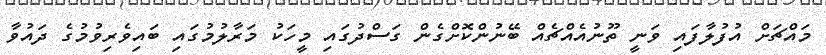
މައްޗަށް އުފުލާފައި ވަނީ ތޫނުއެއްޗެއް ބޭނުންކޮށްގެން ގަސްދުގައި މީހަކު މަރާލުމުގައި ބައިވެރިވުމުގެ ދައުވާ